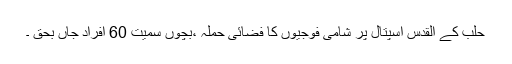
حلب کے القدس اسپتال پر شامی فوجیوں کا فضائی حملہ ،بچوں سمیت 60 افراد جاں بحق ۔